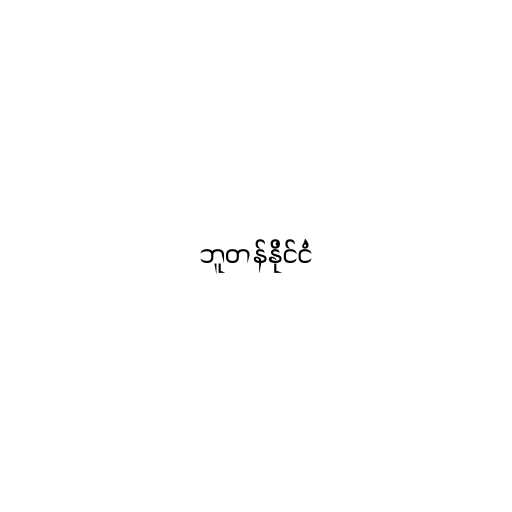
ဘူတန်နိုင်ငံ